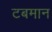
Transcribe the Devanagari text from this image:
टबमान